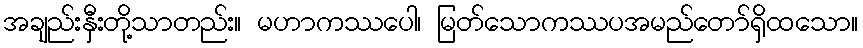
အချည်းနှီးတို့သာတည်း။ မဟာကဿပေါ၊ မြတ်သောကဿပအမည်တော်ရှိထသော။